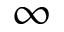
\infty